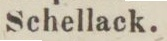
Schellack.